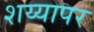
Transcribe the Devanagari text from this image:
शय्यापर